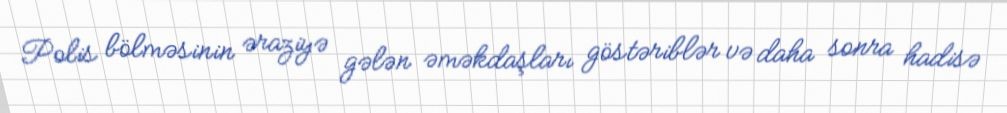
Polis bölməsinin əraziyə gələn əməkdaşları göstəriblər və daha sonra hadisə